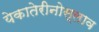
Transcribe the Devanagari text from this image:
येकातेरीनोस्लाव